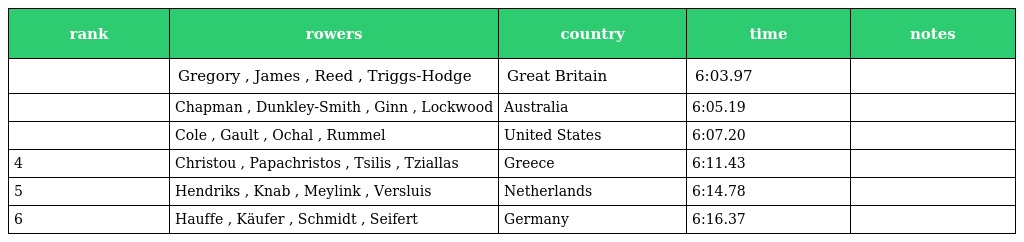
| rank | rowers | country | time | notes |
 | --- | --- | --- | --- | --- |
 |  | Gregory , James , Reed , Triggs-Hodge | Great Britain | 6:03.97 |  |
 |  | Chapman , Dunkley-Smith , Ginn , Lockwood | Australia | 6:05.19 |  |
 |  | Cole , Gault , Ochal , Rummel | United States | 6:07.20 |  |
 | 4 | Christou , Papachristos , Tsilis , Tziallas | Greece | 6:11.43 |  |
 | 5 | Hendriks , Knab , Meylink , Versluis | Netherlands | 6:14.78 |  |
 | 6 | Hauffe , Käufer , Schmidt , Seifert | Germany | 6:16.37 |  |